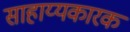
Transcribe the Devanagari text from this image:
साहाय्यकारक